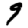
Digit: 9